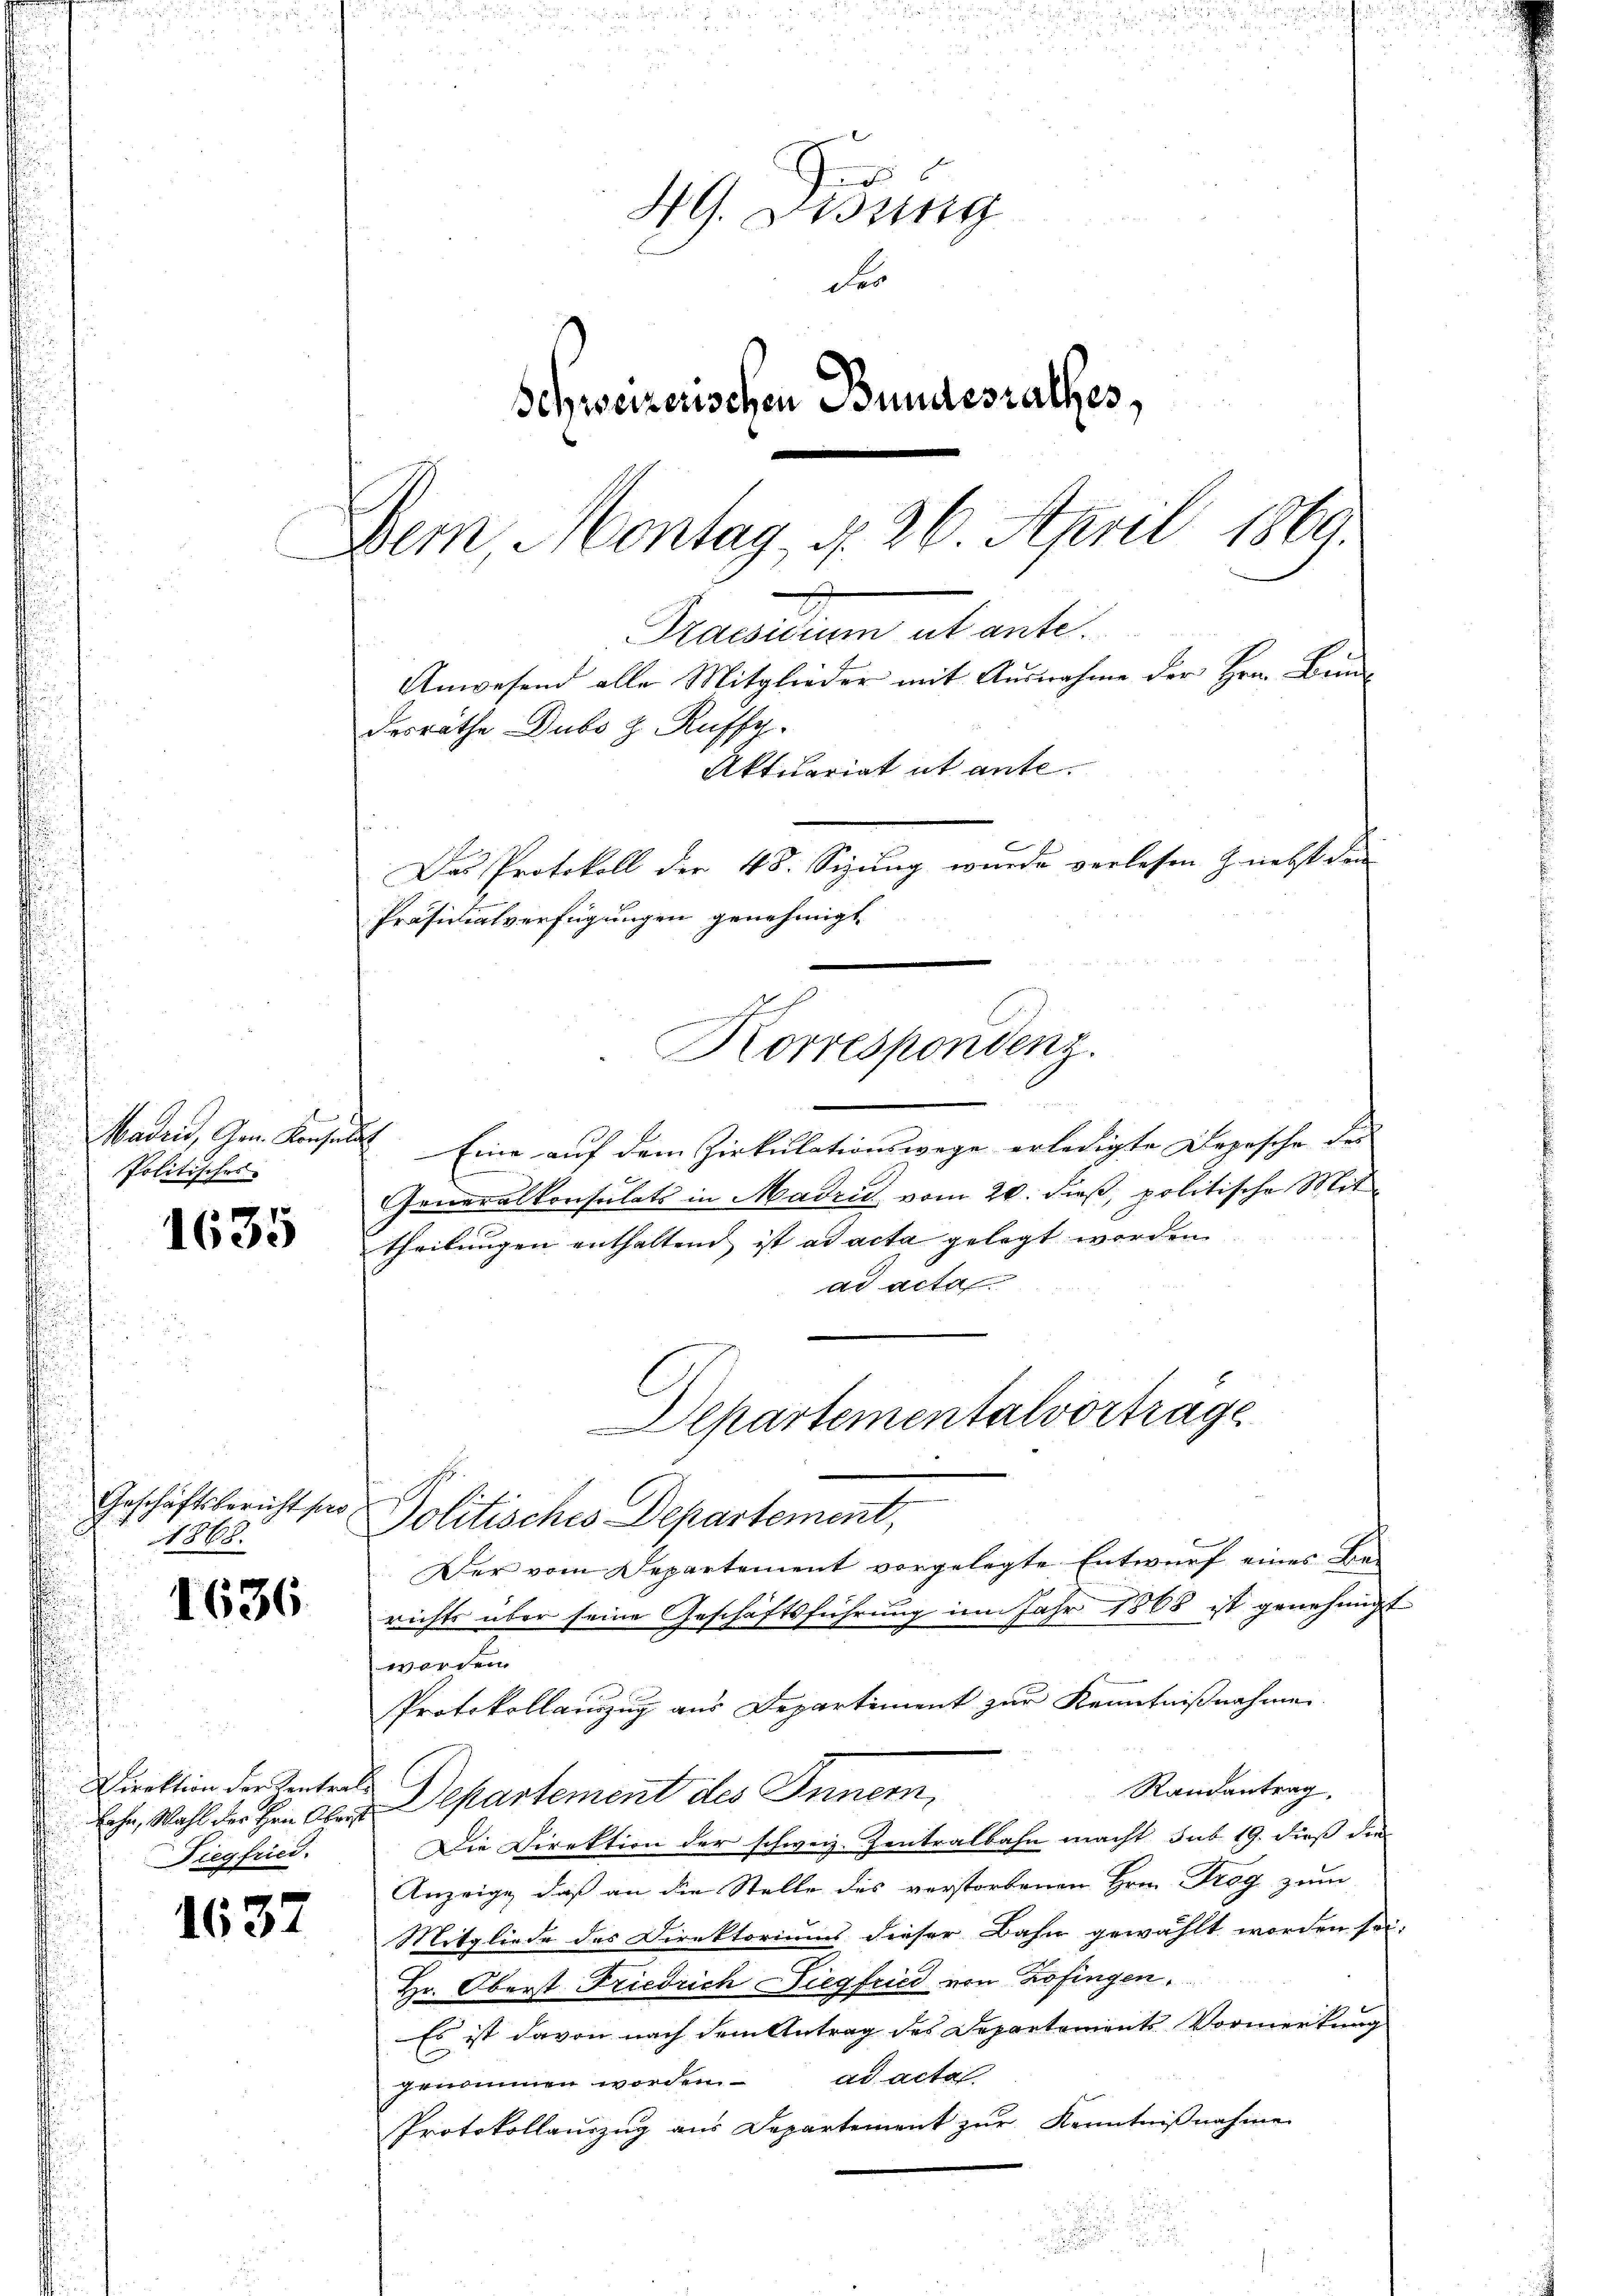
Madeis, Gem. Konsen
Politisches

1635

1636

1637

u
HG. Diszig
des
Schweizerischen Bundesrathes,
Dem Montag, d. 26. April 1860

Geschäftsbericht pro¬
868.

Direktion der Centrals
Diegfried.

Praesidium ut ante.
Anwesend alle Mitglieder mit Ausnahme der Hrn. Bundesräthe Dubo z. Ruffy.
Aktuariat ut ante.
Das Protokoll der 48. Sizung wurde verlesen nebst den
Präsidialverfügungen genehmigt
g
Korrespondenz.

I Eine auf dem Zirkulationswege erledigte Depesche der |
Generalkonsulats in Madrid vom 20. dieß, politische Mittheilungen enthaltend ist ad acta gelegt worden
ad acta
Politisches Departement,
Der vom Departement vorgelegte Entwurf eines Be-
richts über seine Geschäftsführung im Jahr 1868 ist genehmigt
worden
Protokollauszug aus Departement zur Kenntnißnahme
Randantrag,
Eche, Wahl des Hrn. Obris Departement des Innern,
Die Direktion der schweiz. Zentralbahn macht, sub. 19. dieß die
Anzeige, daß an die Stelle des verstorbenen Hrn. Trog zum
Mitgliede des Direktoriums dieser Bahn gewählt worden sei.
Hr. Oberst Friedrich Diegfried von Zofingen.
Es ist davon nach dem Antrag des Departements Vormerkung
ad acta.
genommen worden.
Protokollaŭszŭg aŭs Departement zŭr Kenntniβnahme

Departementalvortrage